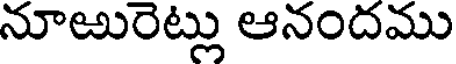
నూఱురెట్లు ఆనందము